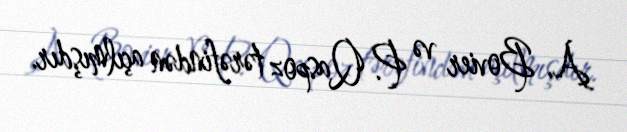
A. Bovier və P. Qaspoz tərəfindən açılmışdır.